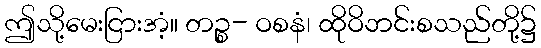
ဤသို့မေးငြားအံ့။ တဉ္စ- ဝစနံ၊ ထိုဝိဘင်းစသည်တို့၌